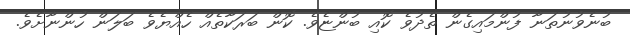
ބުނެވުނުތަނާ ފުންމައިގެން ތެދުވެ ކޮއި ބުންޏެވެ. ކޮން ބަރަކާތެއް ހެއްޔެވެ ބަލަން ހުންނާށެވެ.